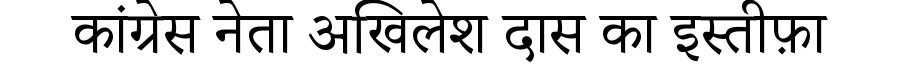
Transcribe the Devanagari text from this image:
कांग्रेस नेता अखिलेश दास का इस्तीफ़ा